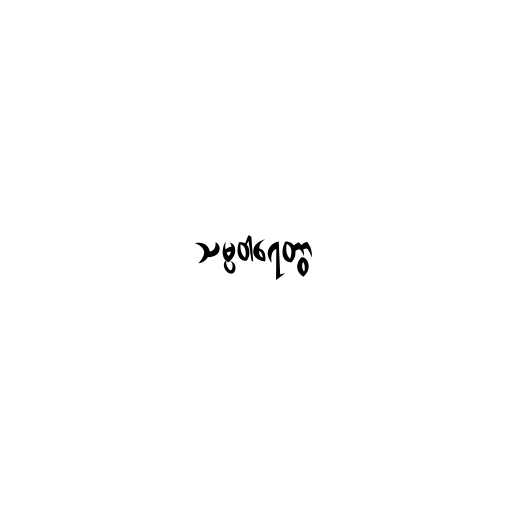
သမ္ပဝါရေတွာ